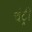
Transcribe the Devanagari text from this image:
चंट्री